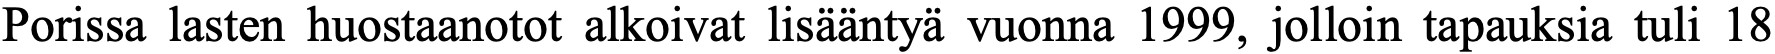
Porissa lasten huostaanotot alkoivat lisääntyä vuonna 1999, jolloin tapauksia tuli 18